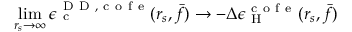
\operatorname* { l i m } _ { r _ { s } \to \infty } \epsilon _ { \mathrm { ~ c ~ } } ^ { { \mathrm { ~ D ~ D ~ } } , \mathrm { ~ c ~ o ~ f ~ e ~ } } ( r _ { s } , \bar { f } ) \to - \Delta \epsilon _ { \mathrm { ~ H ~ } } ^ { \mathrm { ~ c ~ o ~ f ~ e ~ } } ( r _ { s } , \bar { f } )